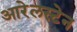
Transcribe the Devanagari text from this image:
आरेलस्टेन